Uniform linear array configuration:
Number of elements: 16
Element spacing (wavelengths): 0.5
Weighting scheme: hamming
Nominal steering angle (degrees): -45
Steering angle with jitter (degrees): -46.235
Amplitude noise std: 0.05
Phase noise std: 0.05

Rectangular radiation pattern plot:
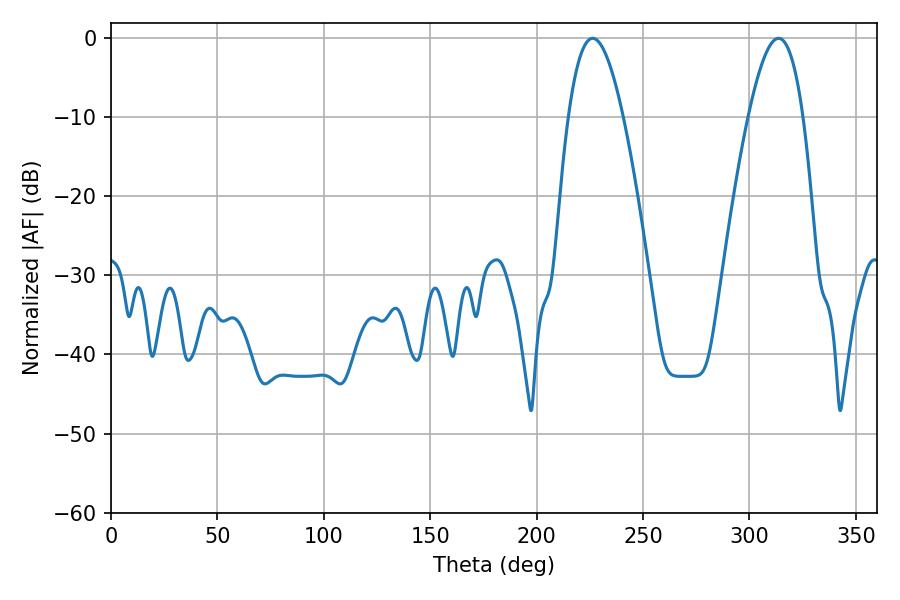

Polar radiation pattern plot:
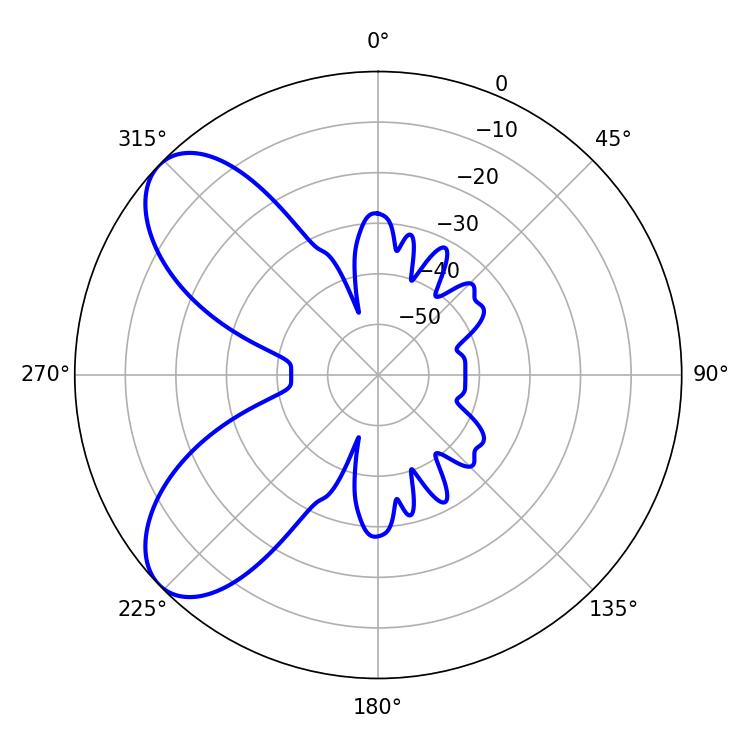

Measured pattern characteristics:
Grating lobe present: FALSE
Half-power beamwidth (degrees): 14.04
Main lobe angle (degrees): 226.26